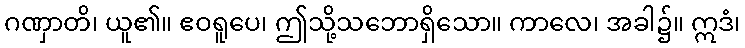
ဂဏှာတိ၊ ယူ၏။ ဧဝရူပေ၊ ဤသို့သဘောရှိသော။ ကာလေ၊ အခါ၌။ ဣဒံ၊